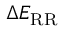
\Delta E _ { \mathrm { R R } }